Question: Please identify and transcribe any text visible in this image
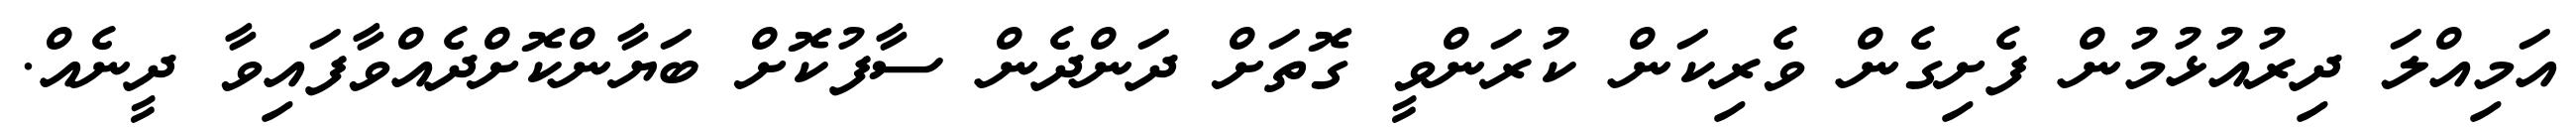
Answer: އަމިއްލަ ދިރުއުޅުމުން ފެށިގެން ވެރިކަން ކުރަންވީ ގޮތަށް ދަންދެން ސާފުކޮށް ބަޔާންކޮށްދެއްވާފައިވާ ދީނެއް.